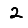
Digit: 2